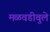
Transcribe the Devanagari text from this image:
मळवडीवुले